Annual report of the Madras Medical College
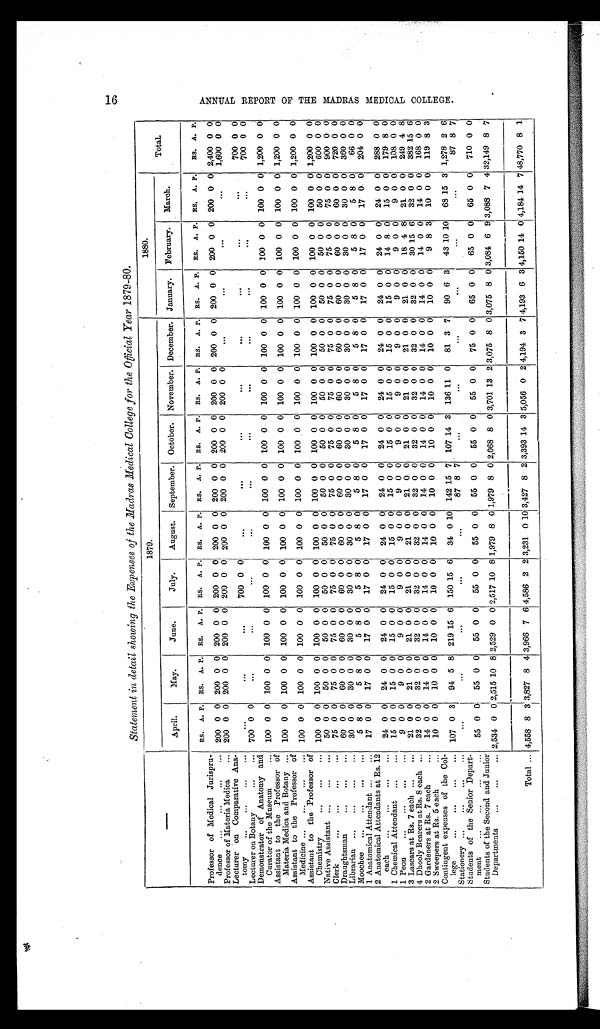
Statement in detail showing the Expenses of the Madras Medical College for the Official Year 1879-80.
1879.
1880.
Total.
April.
May.
June.
July.
August. September. October. November. December. January. February. March.
RS. A. P. RS. A. P. RS. A. P. RS. A. P. RS. A. P. RS. A. P. RS. A. P. RS. A. P. RS. A. P. RS. A. P. RS. A. P. RS. A. P. RS. A. P.
Professor of Medical Jurispru-
dence
... ... ... ... 200 0 0 200 0 0 200 0 0 200 0 0 200 0 0 200 0 0 200 0 0 200 0 0 200 0 0 200 0 0 200 0 0 200 0 0 2,400 0 0
Professor of Materia Medica
... 200 0 0 200 0 0 200 0 0 200 0 0 200 0 0 200 0 0 200 0 0 200 0
. . .
...
...
...
1,600 0 0
Lecturer on Comparative Ana-
tomy
...
...
..
...
...
...
. . .
700 0 0
...
...
. . .
...
...
700 0 0
Lecturer on Botany
...
... 700 0 0
...
...
...
...
. . .
. . .
. . .
. . .
...
...
. . .
700 0 0
Demonstrator of Anatomy and
Curator of the Museum
... 100 0 0 100 0 0 100 0 0 100 0 0 100 0 0 100 0 0 100 0 0 100 0 0 100 0 0 100 0 0 100 0 0 100 0 0 1,200 0 0
Assistant to the Professor of
Materia Medica and Botany ... 100 0 0 100 0 0 100 0 0 100 0 0 100 0 0 100 0 0 100 0 0 100 0 0 100 0 0 100 0 0 100 0 0 100 0 0 1,200 0 0
Assistant to the Professor of
Medicine ...
...
... ... 100 0 0 100 0 0 100 0 0 100 0 0 100 0 0 100 0 0 100 0 0 100 0 0 100 0 0 100 0 0 100 0 0 100 0 0 1,200 0 0
Assistant to the Professor of
Chemistry
100 0 0 100 0 0 100 0 0 100 0 0 100 0 0 100 0 0 100 0 0 100 0 0 100 0 0 100 0 0 100 0 0 100 0 0 1,200 0 0
Native Assistant ... ... ...
50 0 0 50 0 0 50 0 0 50 0 0 50 0 0 50 0 0 50 0 0 50 0 0 50 0 0 50 0 0 50 0 0 50 0 0 600 0 0
Clerk
... ... ... ...
75 0 0 75 0 0 75 0 0 75 0 0 75 0 0 75 0 0 75 0 0 75 0 0 75 0 0 75 0 0 75 0 0 75 0 0 900 0 0
Draughtsman
... ... ...
60 0 0 60 0 0 60 0 0 60 0 0 60 0 0 60 0 0 60 0 0 60 0 0 60 0 0 60 0 0 60 0 0 60 0 0 720 0 0
Librarian ...
...
... ... 30 0 0 30 0 0 30 0 0 30 0 0 30 0 0 30 0 0 30 0 0 30 0 0 30 0 0 30 0 0 30 0 0 30 0 0 360 0 0
Moochee .
... ... ...
5 8 0
5 8 0
5 8 0
5 8 0
5 8 0
5 8 0
5 8 0
5 8 0
5 8 0
5 8 0
5 8 0
5 8 0
66 0 0
1 Anatomical Attendant .. .
17 0 0 17 0 0 17 0 0 17 0 0 17 0 0 17 0 0 17 0 0 17 0 0 17 0 0 17 0 0 17 0 0 17 0 0 204 0 0
2 Anatomical Attendants at Rs. 12
each...
... ... ...
24 0 0 24 0 0 24 0 0 24 0 0 24 0 0 24 0 0 24 0 0 24 0 0 24 0 0 24 0 0 24 0 0 24 0 0 288 0 0
1 Chemical Attendant ... ...
15 0 0 15 0 0 15 0 0 15 0 0 15 0 0 15 0 0 15 0 0 15 0 0 15 0 0 15 0 0 14 8 0 15 0 0 179 8 0
1 Peon...
... ... ...
9 0 0
9 0 0
9 0 0
9 0 0
9 0 0
9 0 0
9 0 0
9 0 0
9 0 0
9 0 0
9 0 0
9 0 0 108 0 0
3 Lascars at Rs. 7 each ... ... 21 0 0 21 0 0 21 0 0 21 0 0 21 0 0 21 0 0 21 0 0 21 0 0 21 0 0 21 0 0 18 4 8 21 0 0 249 4 8
4 Dhooly Bearers at Rs. 8 each ... 32 0 0 32 0 0 32 0 0 32 0 0 32 0 0 32 0 0 32 0 0 32 0 0 32 0 0 32 0 0 30 15 6 32 0 0 382 15 6
2 Gardeners at Rs. 7 each
..
14 0 0 14 0 0 14 0 0 14 0 0 14 0 0 14 0 0 14 0 0 14 0 0 14 0 0 14 0 0 14 0 0 14 0 0 168 0 0
2 Sweepers at Rs. 5 each
. . 10 0 0 10 0 0 10 0 0 10 0 0 10 0 0 10 0 0 10 0 0 10 0 0 10 0 0 10 0 0
9 8 3 10 0 0 119 8 3
Contingent expenses of the Col-
lege
...
...
... ... 107 0 3 94 5 8 219 15 6 150 15 6 34 0 10 142 15 7 107 14 3 136 11 0 81 3 7 90 6 3 43 10 10 68 15 3 1,278 2 6
Stationery ... ...
..
. . .
...
...
. . .
. . .
87 8 7
...
. . .
. . .
...
87 8 7
Students of the Senior Depart-
ment
...
.
... 55 0 0 55 0 0 55 0 0 55 0 0 55 0 0 55 0 0 55 0 0 55 0 0 75 0 0 65 0 0 65 0 0 65 0 0 710 0 0
Students of the Second and- Junior
Departments
...
...
... 2,534 0 0 2,515 10 8 2,529 0 0 2,517 10 8 1,979 8 0 1,979 8 0 2,068 8 0 3,701 13 2 3,075 8 0 3,075 8 0 3,084 6 9 3,088 7 4 32,149 8 7
Total ... 4,558 8 3 3,827 8 4 3,966 7 6 4,586 2 2 3,231 0 10 3,427 8 2 3,393 14 3 5,056 0 2 4,194 3 7 4,193 6 3 4,150 14 0 4,184 14 7 48,770 8 1
16 ANNUAL REPORT OF THE MADRAS MEDICAL COLLEGE.